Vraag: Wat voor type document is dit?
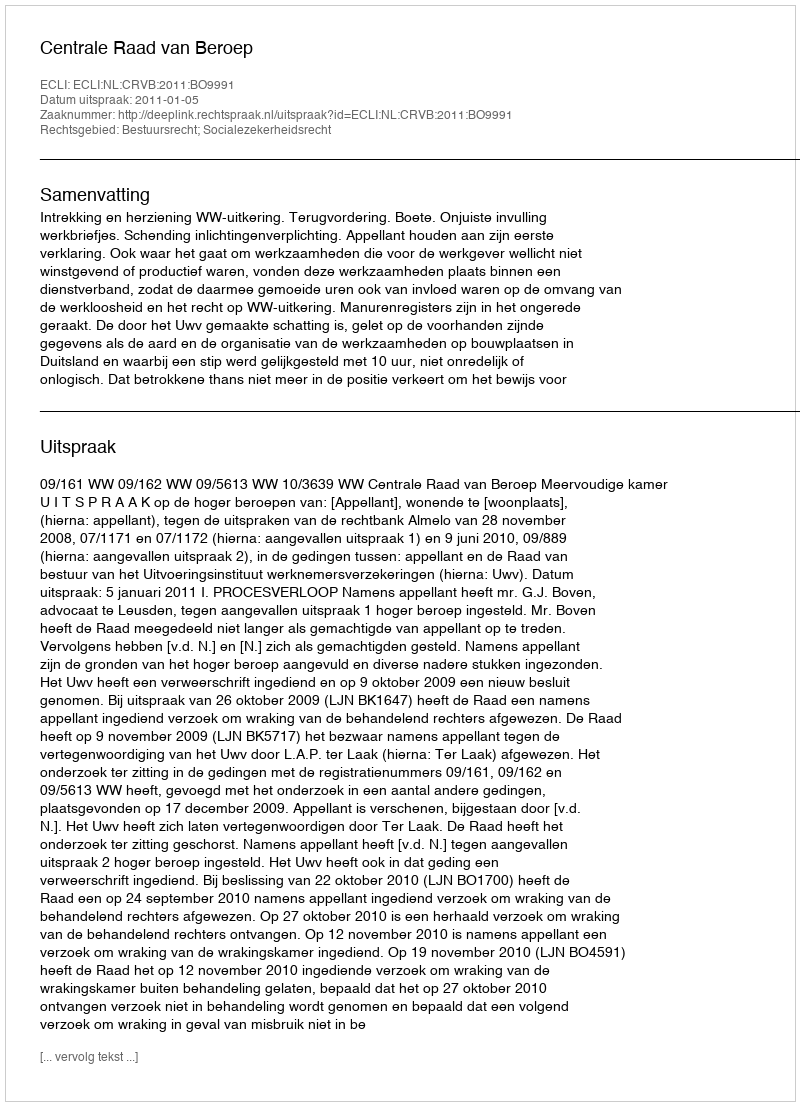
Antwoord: Uitspraak